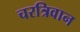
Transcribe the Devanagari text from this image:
चरत्रिवान